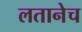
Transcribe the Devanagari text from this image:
लतानेच